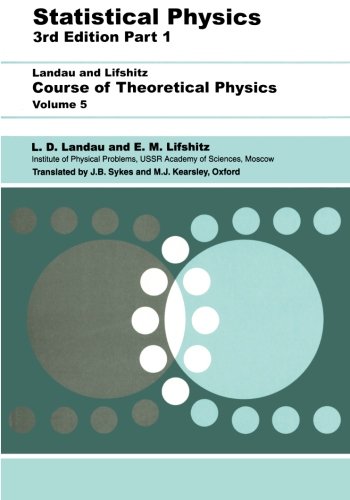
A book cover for Statistical Physics, Third Edition, Part 1: Volume 5 (Course of Theoretical Physics, Volume 5); L D Landau; Science & Math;